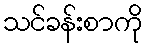
သင်ခန်းစာကို